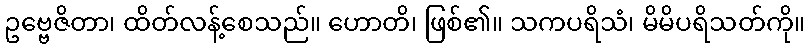
ဥဗ္ဗေဇိတာ၊ ထိတ်လန့်စေသည်။ ဟောတိ၊ ဖြစ်၏။ သကပရိသံ၊ မိမိပရိသတ်ကို။